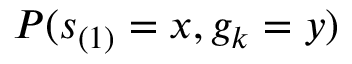
P ( s _ { ( 1 ) } = x , g _ { k } = y )